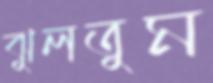
ঝুলতুম